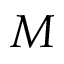
M _ { \sun }